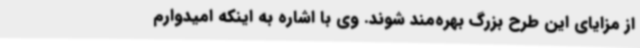
از مزایای این طرح بزرگ بهره‌مند شوند. وی با اشاره به اینکه امیدوارم